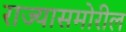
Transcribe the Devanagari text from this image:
राज्यासमोरील